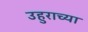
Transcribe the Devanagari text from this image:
उहुराच्या